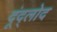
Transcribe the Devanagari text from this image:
दूंद्लोद